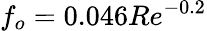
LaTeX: f_{o}=0.046Re^{-0.2}